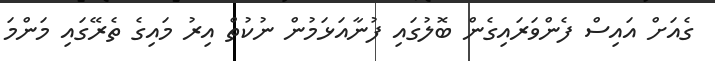
ގެއަށް އައިސް ފެންވަރައިގެން ބޮލުގައި ފުނާއަޅަމުން ނުކުތް އިރު މައިގެ ތެރޭގައި މަންމަ